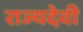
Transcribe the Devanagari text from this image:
राज्यदेवी